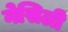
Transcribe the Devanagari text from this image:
नेसिली